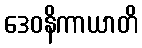
ဒေဝနိကာယာတိ